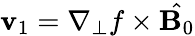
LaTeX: {\mathbf v_{1}}=\nabla_{\perp}f\times{\hat{\mathbf B_{0}}}